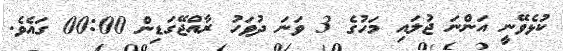
ކުޅެވޭނީ އަންނަ ޖުލައި މަހުގެ 3 ވަނަ ދުވަހު ރާއްޖޭގަޑިން 00:00 ގައެވެ.